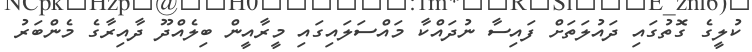
ކުލީގެ ގޮތުގައި ދައުލަތަށް ފައިސާ ނުދައްކާ މައްސަލައިގައި މީރާއީން ބިލެއްދޫ ދާއިރާގެ މެންބަރު